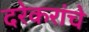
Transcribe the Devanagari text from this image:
दरेकरांचे